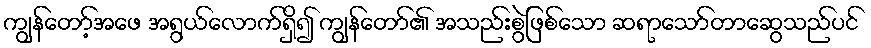
ကျွန်တော့်အဖေ အရွယ်လောက်ရှိ၍ ကျွန်တော်၏ အသည်းစွဲဖြစ်သော ဆရာသော်တာဆွေသည်ပင်